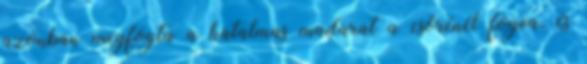
azonban megfogta a hatalmas madarat a csőrénél fogva, és